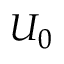
U _ { 0 }